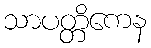
သာပတ္တိကေန